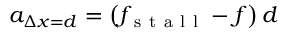
a _ { \Delta x = d } = \left( f _ { \mathrm { ~ s ~ t ~ a ~ l ~ l ~ } } - f \right) d